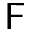
\mathsf { F }